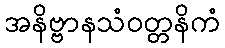
အနိဗ္ဗာနသံဝတ္တနိကံ